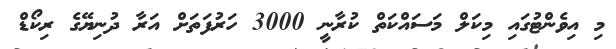
މި އިވެންޓުގައި މިކަލް މަސައްކަތް ކުރާނީ 3000 ހަރުފަތަށް އަރާ ދުނިޔޭގެ ރިކޯޑް